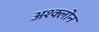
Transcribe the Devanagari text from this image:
अश्क्लोन